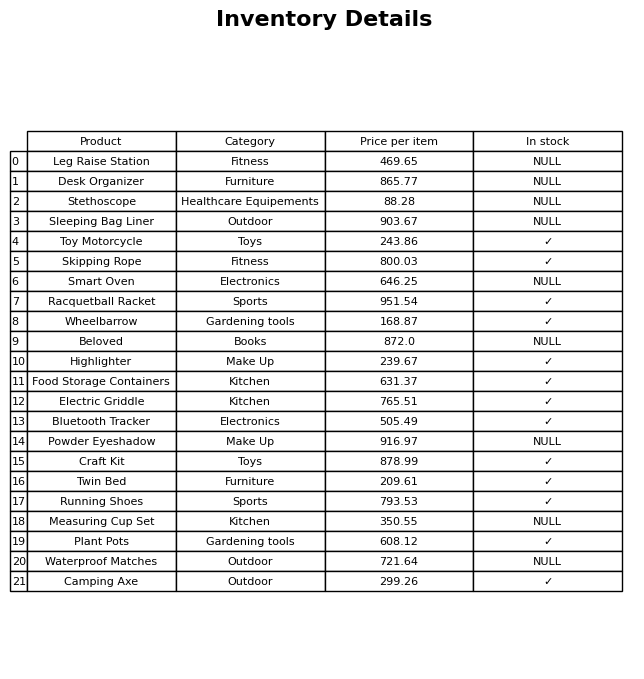
question: What is the price of the Measuring Cup Set?
answer: The price of Measuring Cup Set is 350.55.